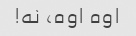
اوه اوه، نه!